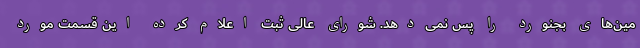
مین‌های بجنورد را پس نمی‌دهد. شورای عالی ثبت اعلام کرده این قسمت مورد